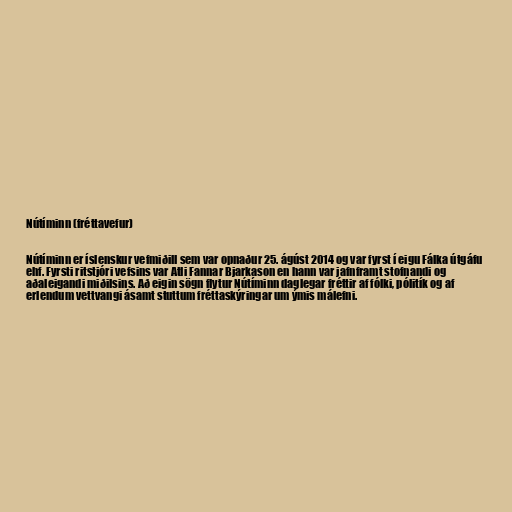
Nútíminn (fréttavefur)

Nútíminn er íslenskur vefmiðill sem var opnaður 25. ágúst 2014 og var fyrst í eigu Fálka útgáfu
ehf. Fyrsti ritstjóri vefsins var Atli Fannar Bjarkason en hann var jafnframt stofnandi og
aðaleigandi miðilsins. Að eigin sögn flytur Nútíminn daglegar fréttir af fólki, pólitík og af
erlendum vettvangi ásamt stuttum fréttaskýringar um ýmis málefni.